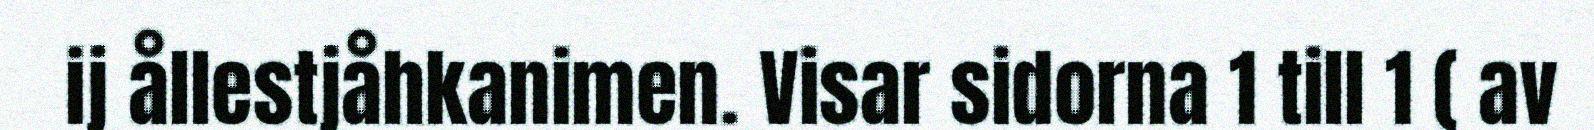
ij ållestjåhkanimen. Visar sidorna 1 till 1 ( av